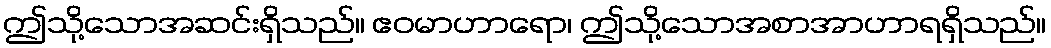
ဤသို့သောအဆင်းရှိသည်။ ဧဝမာဟာရော၊ ဤသို့သောအစာအာဟာရရှိသည်။